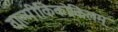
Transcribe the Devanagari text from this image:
वाल्मीकिकोकिलम्‌